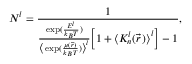
N ^ { l } = \frac { 1 } { \frac { \exp ( \frac { E ^ { l } } { k _ { B } T } ) } { \big \langle \exp ( \frac { \mu ( \Vec { r } \, ) } { k _ { B } T } ) \big \rangle _ { } ^ { l } } \Big [ 1 + \big \langle K _ { n } ^ { l } ( \Vec { r } \, ) \big \rangle _ { } ^ { l } \Big ] - 1 } ,